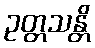
ဥတ္တသန္တိ